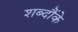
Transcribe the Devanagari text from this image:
शब्दौंके